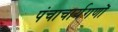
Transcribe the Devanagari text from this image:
पंचाचार्यगणों